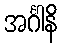
အင်္ဂါနိ